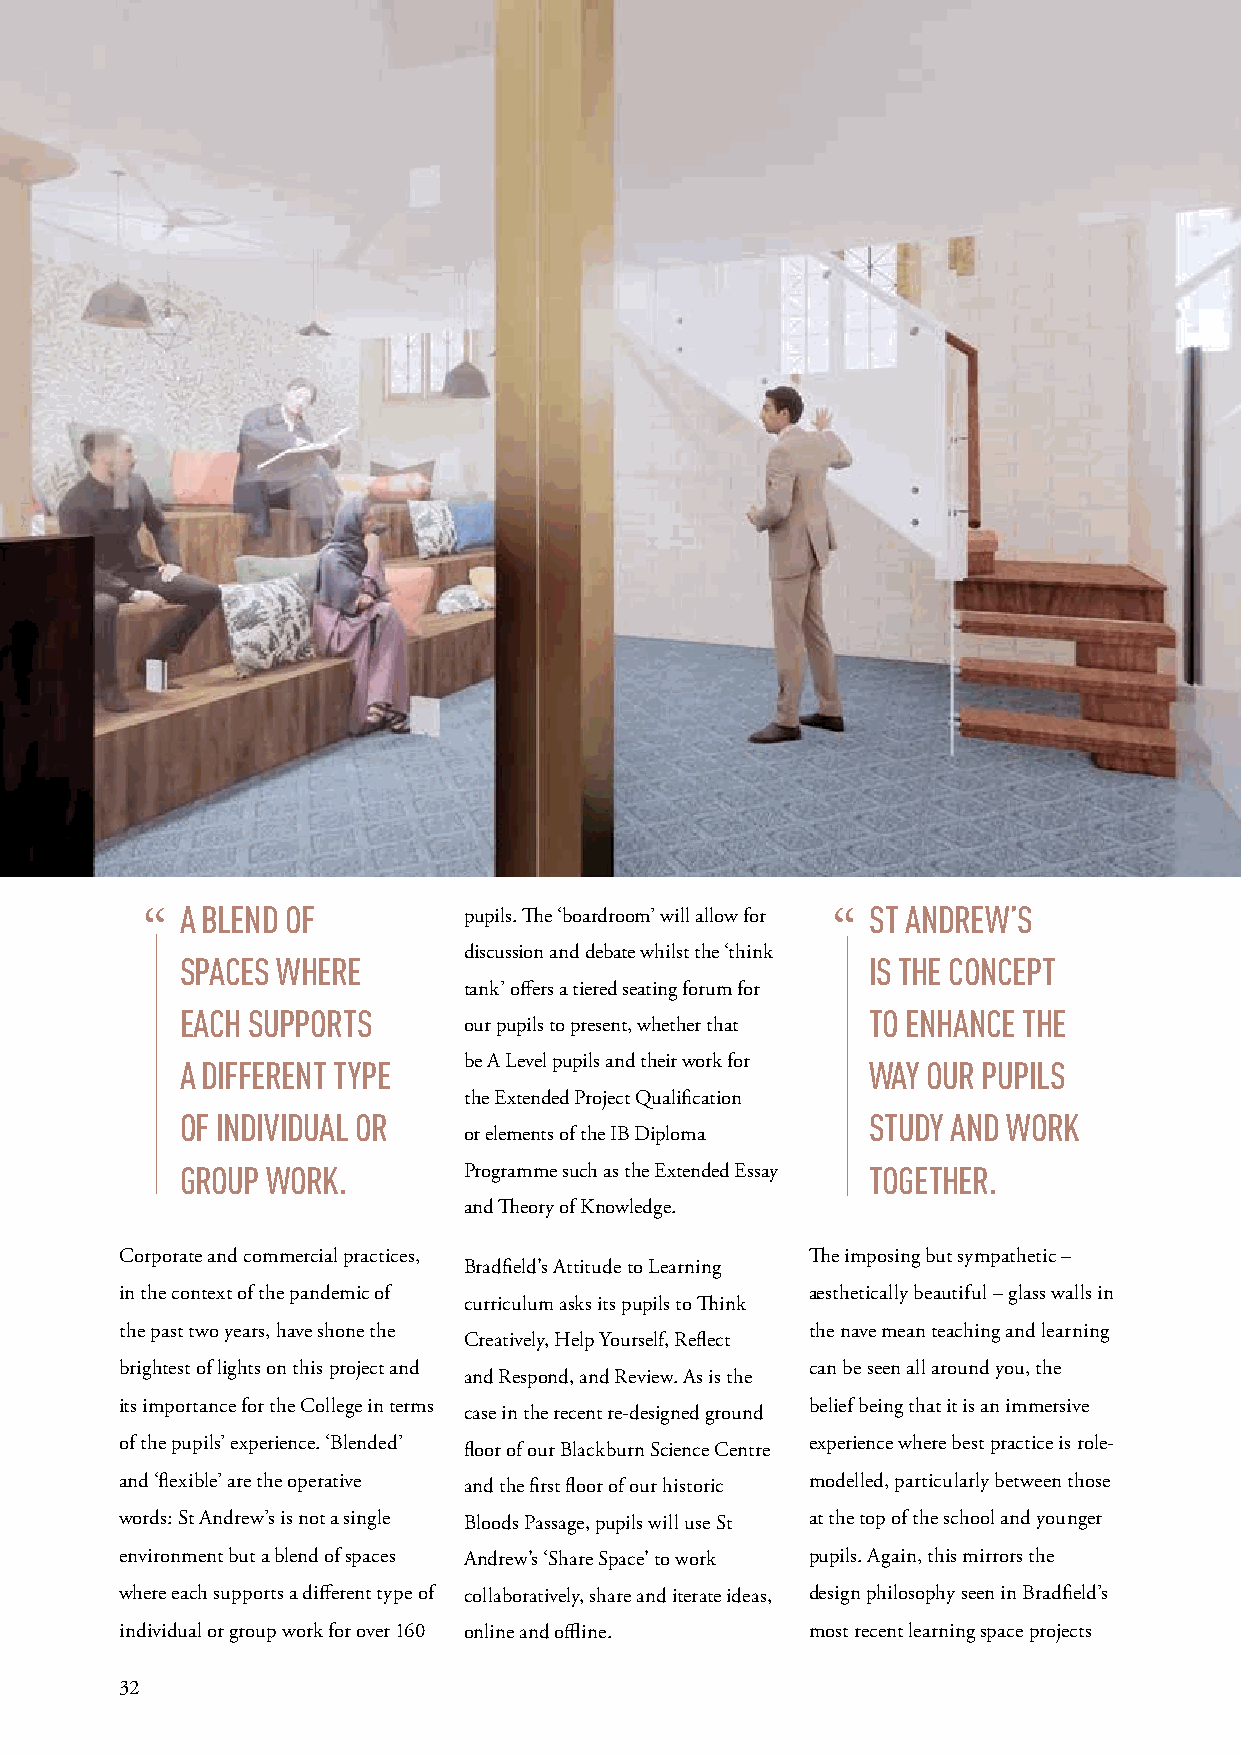
“  A BLEND OF         pupils. The ‘boardroom’ will allow for “ ST ANDREW’S
 discussion and debate whilst the ‘think
 SPACES WHERE                                  IS THE CONCEPT
 tank’ offers a tiered seating forum for
 EACH SUPPORTS                                 TO ENHANCE THE
 our pupils to present, whether that
 A DIFFERENT TYPE   be A Level pupils and their work for WAY OUR PUPILS
 the Extended Project Qualification
 OF INDIVIDUAL OR                              STUDY AND WORK
 or elements of the IB Diploma
 GROUP WORK.        Programme such as the Extended Essay TOGETHER.
 and Theory of Knowledge.
 Corporate and commercial practices,           The imposing but sympathetic –
 Bradfield’s Attitude to Learning
 in the context of the pandemic of             aesthetically beautiful – glass walls in
 curriculum asks its pupils to Think
 the past two years, have shone the            the nave mean teaching and learning
 Creatively, Help Yourself, Reflect
 brightest of lights on this project and       can be seen all around you, the
 and Respond, and Review. As is the
 its importance for the College in terms       belief being that it is an immersive
 case in the recent re-designed ground
 of the pupils’ experience. ‘Blended’          experience where best practice is role-
 floor of our Blackburn Science Centre
 and ‘flexible’ are the operative and the first floor of our historic modelled, particularly between those
 words: St Andrew’s is not a single Bloods Passage, pupils will use St at the top of the school and younger
 environment but a blend of spaces Andrew’s ‘Share Space’ to work pupils. Again, this mirrors the
 where each supports a different type of collaboratively, share and iterate ideas, design philosophy seen in Bradfield’s
 individual or group work for over 160 online and offline. most recent learning space projects
 32